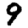
Digit: 9